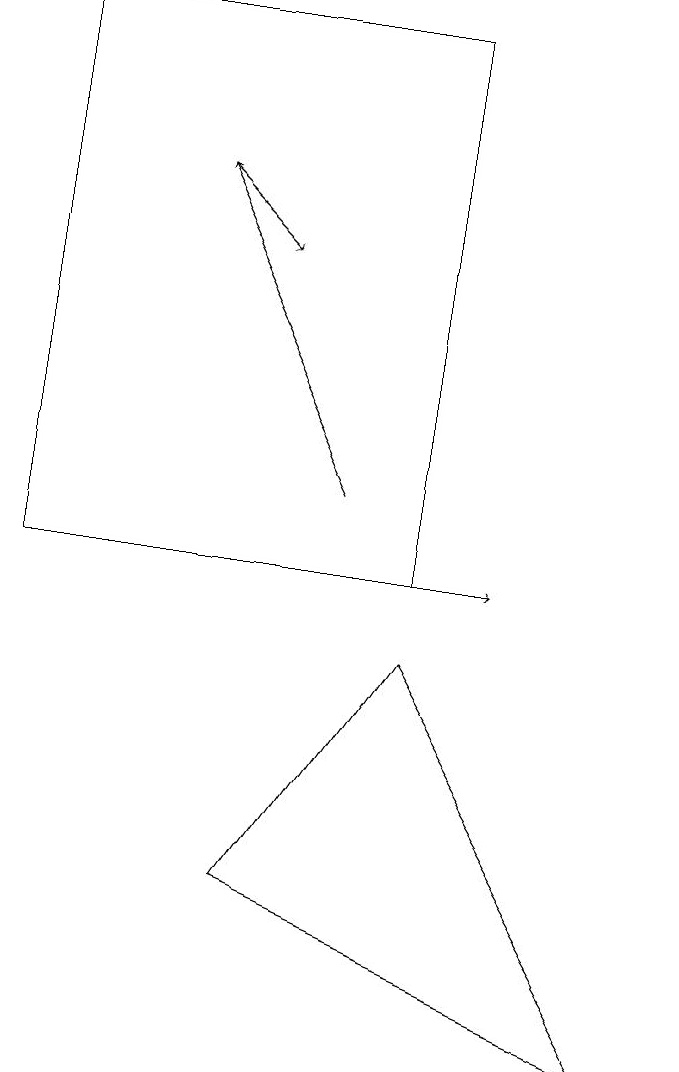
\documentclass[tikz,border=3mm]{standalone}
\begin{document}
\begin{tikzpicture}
\draw (6,10) rectangle (1,17);
\draw[->] (1,10) -- (7,10);
\draw[->] (3,15) -- (4,14);
\draw[->] (5,11) -- (3,15);
\draw (4,6) -- (6,9) -- (9,4) -- cycle;
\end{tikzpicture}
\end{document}